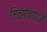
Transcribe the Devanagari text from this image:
मिक्सोफ़ापइसी